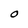
Character: O